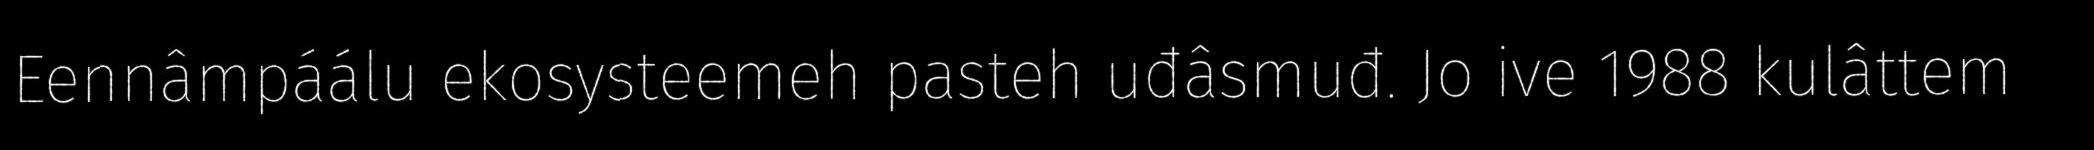
Eennâmpáálu ekosysteemeh pasteh uđâsmuđ. Jo ive 1988 kulâttem